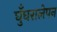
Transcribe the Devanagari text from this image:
घुँघरालेपन